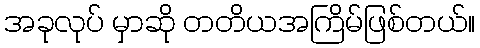
အခုလုပ် မှာဆို တတိယအကြိမ်ဖြစ်တယ်။